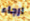
ارجاء